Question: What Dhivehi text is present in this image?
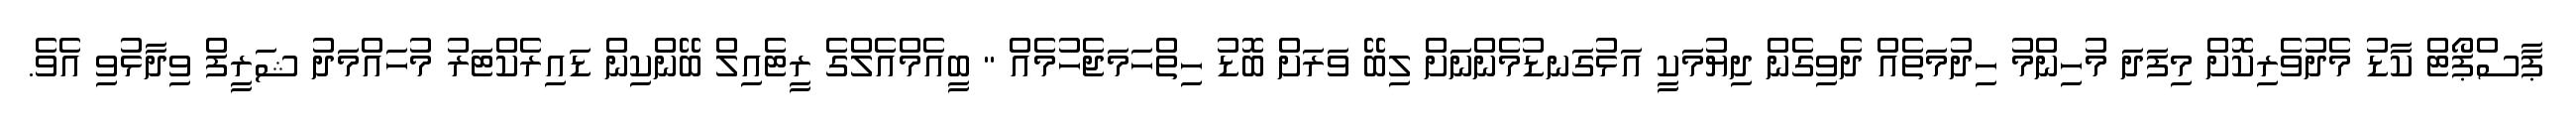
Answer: ޕާސްޕޯޓް ކާޑު މެދުވެރިކޮށް މިފަދަ މުހިންމު ހިދުމަތެއް ދެވިގެން ދިޔުމަކީ އަޅުގަނޑުމެންނަށް ލިބޭ ވަރަށް ބޮޑު ހިތްހަމަޖެހުމެއް " ބީއެމްއެލްގެ ރީޓެއިލް ބޭންކިން ޑައިރެކްޓަރު މުހައްމަދު ޝަރީފް ވިދާޅުވި އެވެ.